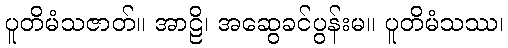
ပူတိမံသဇာတ်။ အာဠိ၊ အဆွေခင်ပွန်းမ။ ပူတိမံသဿ၊